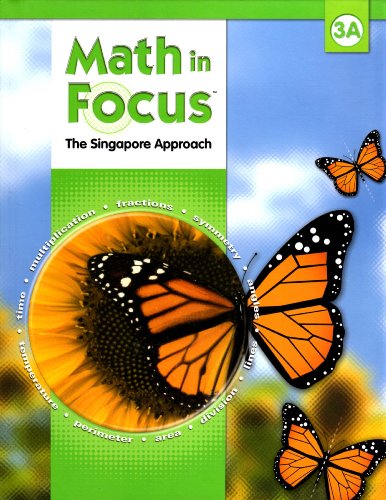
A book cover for Math in Focus : The Singapore Approach  Student Book, Grade 3A; Fong Ho Kheong; Law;